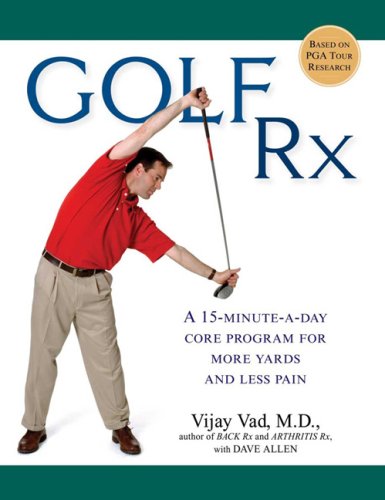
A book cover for Golf Rx: A 15-Minute-a-Day Core Program for More Yards and Less Pain; Vijay Vad M.D.; Sports & Outdoors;